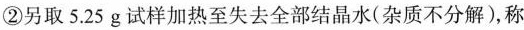
②另取5.25g试样加热至失去全部结晶水(杂质不分解)，称